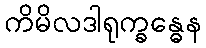
ကိမိလဒါရုက္ခန္ဓေန